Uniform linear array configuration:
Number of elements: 16
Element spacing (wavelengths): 0.25
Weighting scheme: hamming
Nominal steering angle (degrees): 45
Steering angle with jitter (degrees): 43.696
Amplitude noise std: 0.05
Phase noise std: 0.05

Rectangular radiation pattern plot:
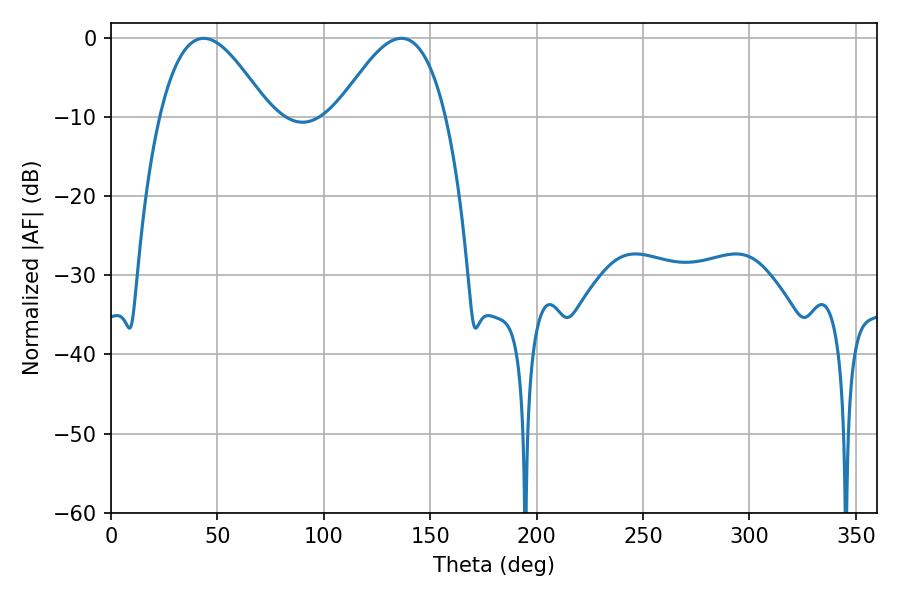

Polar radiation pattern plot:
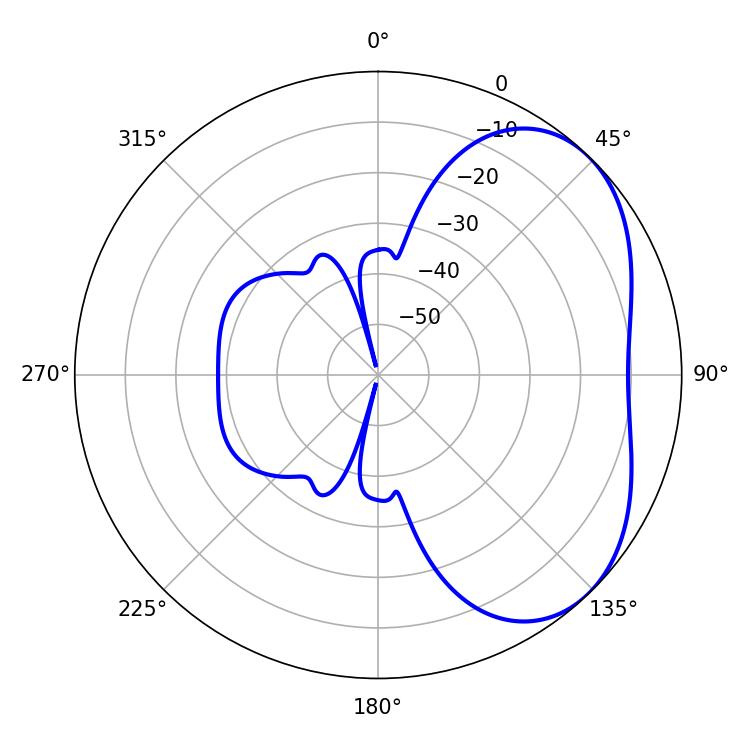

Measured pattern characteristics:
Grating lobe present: FALSE
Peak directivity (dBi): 4.046
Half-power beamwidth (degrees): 27.72
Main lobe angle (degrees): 43.56